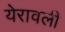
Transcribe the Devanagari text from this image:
येरावली